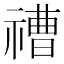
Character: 䄚